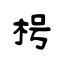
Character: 枵